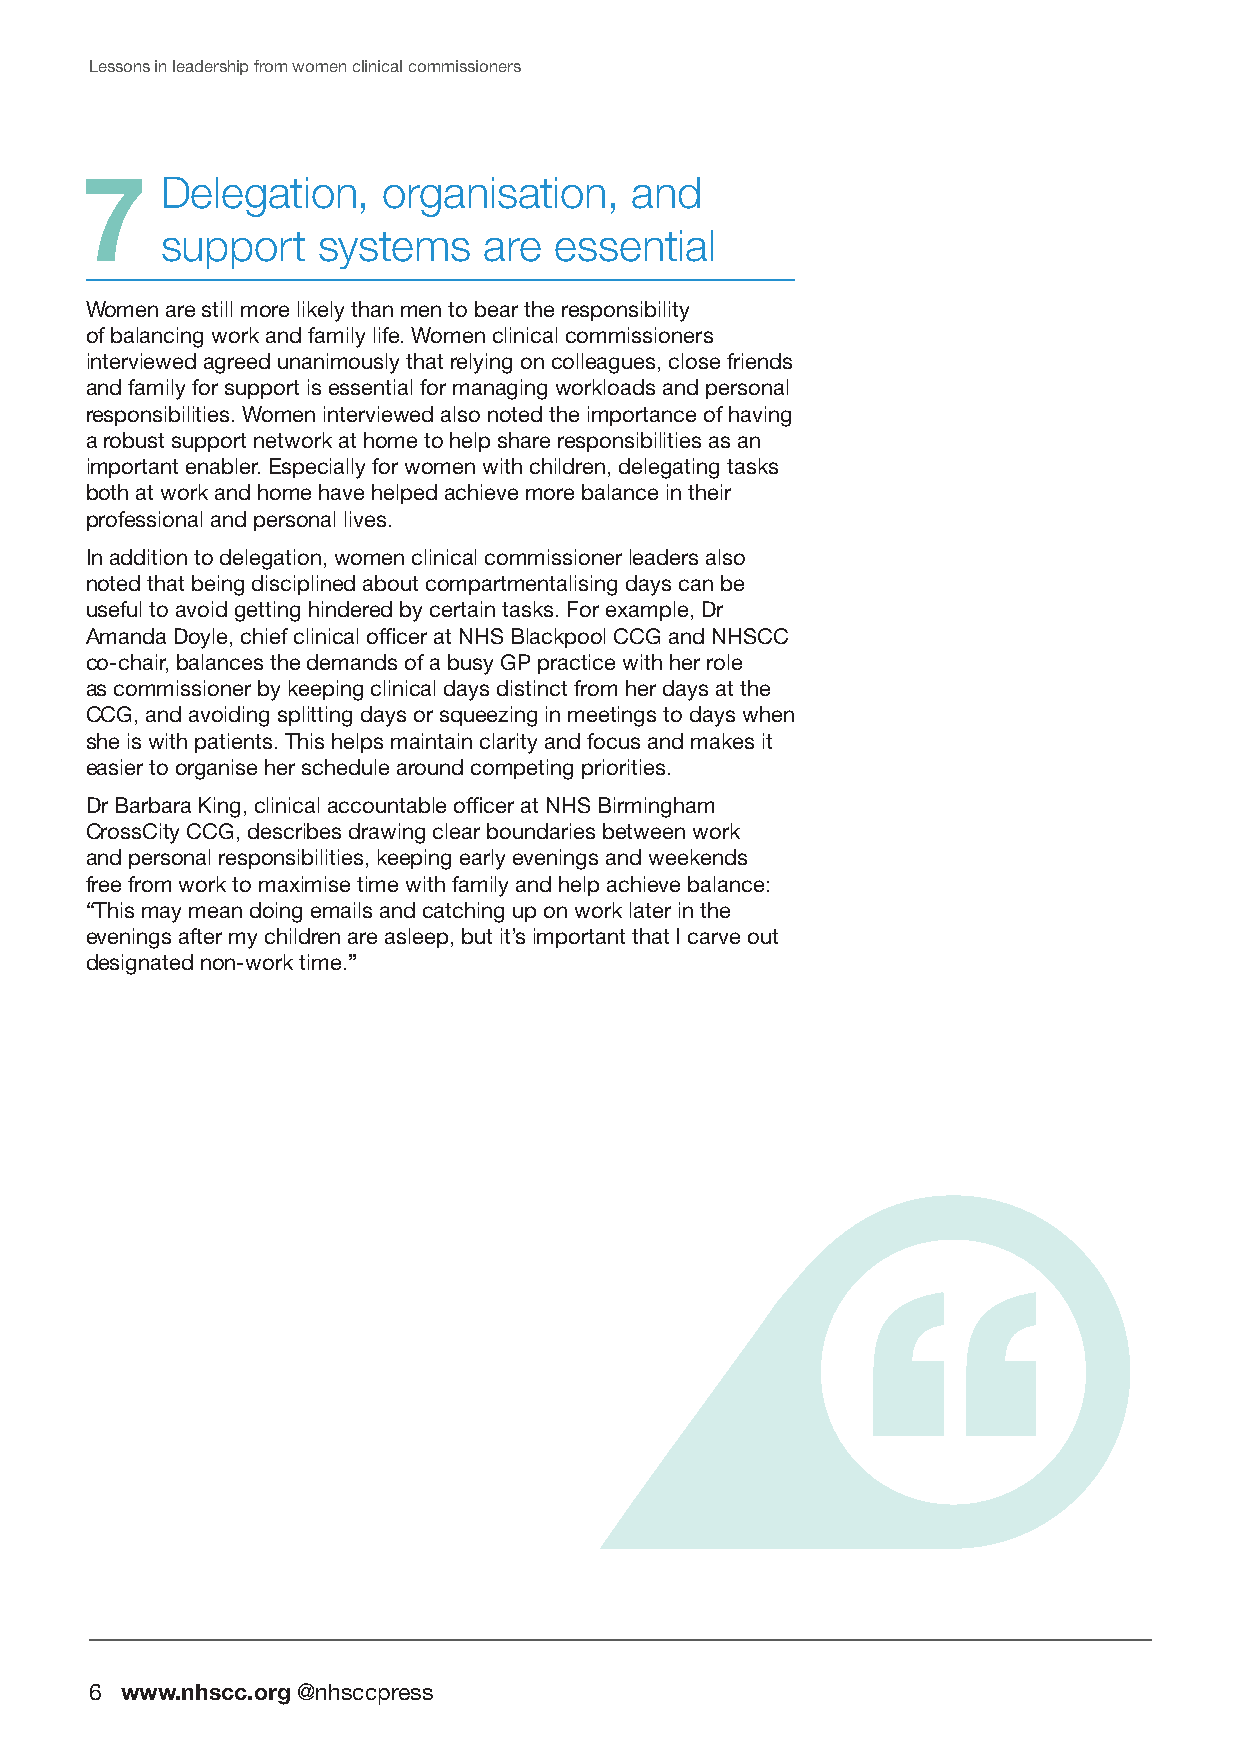
Lessons in leadership from women clinical commissioners
 7     D elegation,  organisation,    and
 support   systems    are  essential
 Women are still more likely than men to bear the responsibility
 of balancing work and family life. Women clinical commissioners
 interviewed agreed unanimously that relying on colleagues, close friends
 and family for support is essential for managing workloads and personal
 responsibilities. Women interviewed also noted the importance of having
 a robust support network at home to help share responsibilities as an
 important enabler. Especially for women with children, delegating tasks
 both at work and home have helped achieve more balance in their
 professional and personal lives.
 In addition to delegation, women clinical commissioner leaders also
 noted that being disciplined about compartmentalising days can be
 useful to avoid getting hindered by certain tasks. For example, Dr
 Amanda Doyle, chief clinical officer at NHS Blackpool CCG and NHSCC
 co-chair, balances the demands of a busy GP practice with her role
 as commissioner by keeping clinical days distinct from her days at the
 CCG, and avoiding splitting days or squeezing in meetings to days when
 she is with patients. This helps maintain clarity and focus and makes it
 easier to organise her schedule around competing priorities.
 Dr Barbara King, clinical accountable officer at NHS Birmingham
 CrossCity CCG, describes drawing clear boundaries between work
 and personal responsibilities, keeping early evenings and weekends
 free from work to maximise time with family and help achieve balance:
 “This may mean doing emails and catching up on work later in the
 evenings after my children are asleep, but it’s important that I carve out
 designated non-work time.”
 6 www.nhscc.org @nhsccpress